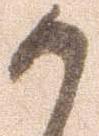
か